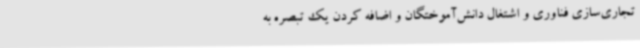
تجاری‌سازی فناوری و اشتغال دانش‌آموختگان و اضافه کردن یک تبصره به